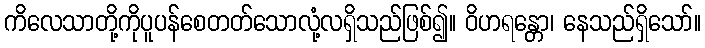
ကိလေသာတို့ကိုပူပန်စေတတ်သောလုံ့လရှိသည်ဖြစ်၍။ ဝိဟရန္တော၊ နေသည်ရှိသော်။